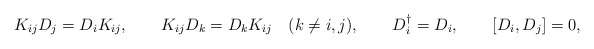
\begin{align*}K_{ij} D_j = D_i K_{ij}, \qquad K_{ij}D_k = D_k K_{ij} \quad (k\ne i,j),\qquad D_i^{\dagger} = D_i, \qquad [D_i, D_j] = 0, \end{align*}